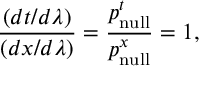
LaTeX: { \frac { ( d t / d \lambda ) } { ( d x / d \lambda ) } } = { \frac { p _ { \mathrm { n u l l } } ^ { t } } { p _ { \mathrm { n u l l } } ^ { x } } } = 1 ,